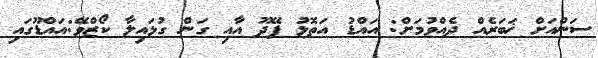
ސަންއަށް ޚަބަރެއް ދެއްވުމަށް: އައްޑު އަތޮޅު ފޭދޫ އާއި ގަން ގުޅައިލާ ކޯޒްވޭ:އައްޑޫގައި